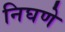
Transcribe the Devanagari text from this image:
निघणे